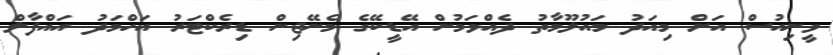
ވީނިއުސް އަށް މިއަދު މައުލޫމާތު ދެއްވަމުން އޭޑީކޭގެ މެނޭޖިން ޑިރެކްޓަރު އަހްމަދު އައްފާލް